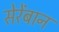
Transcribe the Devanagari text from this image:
सेरेंबान